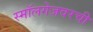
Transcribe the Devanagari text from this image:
स्मॉलगेजवरची